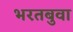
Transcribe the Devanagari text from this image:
भरतबुवा